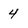
Character: 4